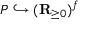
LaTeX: P \hookrightarrow ( \mathbf { R } _ { \geq 0 } ) ^ { f }